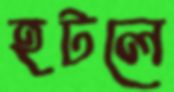
হটলে